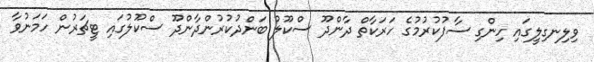
ވިލިނގިލީގައި ހިންގި ސާފުކުރުމުގެ ހަަރަކާތް ދާންދޫ ސްކޫލު ބަންދުކުރުންދާންދޫ ސްކޫލުގައި ޓީޗަރުން ހަމަނުވާ